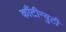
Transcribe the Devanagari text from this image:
कौंटीन्युटी